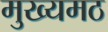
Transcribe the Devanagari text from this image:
मुख्यमठ